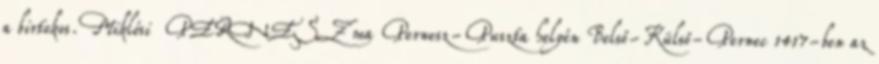
a birtokos. Miklósi PERNESZ ma Pernesz-Puszta helyén Belső-Külső-Pernec 1417-ben az